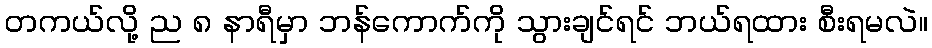
တကယ်လို့ ည ၈ နာရီမှာ ဘန်ကောက်ကို သွားချင်ရင် ဘယ်ရထား စီးရမလဲ။